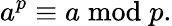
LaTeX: a^{p}\equiv a{\bmod{p}}.